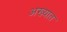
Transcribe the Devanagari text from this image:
अख्यात